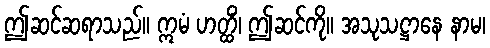
ဤဆင်ဆရာသည်။ ဣမံ ဟတ္ထိံ၊ ဤဆင်ကို။ အသုသဋ္ဌာနေ နာမ၊